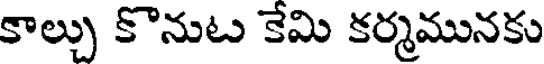
కాల్చు కొనుట కేమి కర్మమునకు